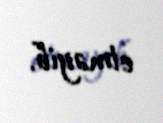
etməyib.